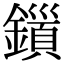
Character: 𮣍